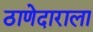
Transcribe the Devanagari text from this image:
ठाणेदाराला